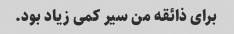
برای ذائقه من سیر کمی زیاد بود.